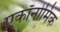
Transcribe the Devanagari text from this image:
एकॉनोमिक